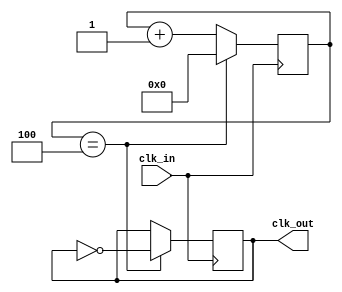
module clk_divider #(parameter div = 5)(

	input clk_in,
	output reg clk_out = 0

);

reg [$clog2(div) : 0] t_cnt = 0;

always@(posedge clk_in)
begin

	t_cnt <= t_cnt + 1;
	if(t_cnt == div-1)
	begin
		t_cnt <= 0;
		clk_out <= ~clk_out;
	end
		
end

endmodule